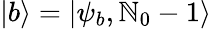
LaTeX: \left|b\right\rangle=\left|\psi_{b},\mathbb{N}_{0}-1\right\rangle